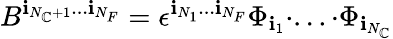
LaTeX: B^{\mathbf{i}_{N_{\mathbb{C}}+1}...\mathbf{i}_{N_{F}}}=\epsilon^{\mathbf{i}_{N_{1}}...\mathbf{i}_{N_{F}}}\Phi_{\mathbf{i}_{1}}\cdot...\cdot\Phi_{\mathbf{i}_{N_{\mathbb{C}}}}